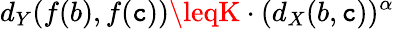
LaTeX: d_{Y}(f(b),f(\mathtt{c}))\leqK\cdot(d_{X}(b,\mathtt{c}))^{\alpha}